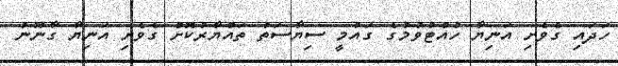
ހަދައި ގެވެށި އަނިޔާ ހުއްޓުވުމުގެ ގައުމީ ސިޔާސަތު ތައްޔާރުކޮށް ގެވެށި އަނިޔާ ގާނޫނު